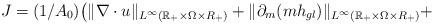
LaTeX: \begin{align*}J = (1/A_0) \big(\| \nabla \cdot u \|_{L^\infty (\mathbb{R}_+\times \Omega \times R_ + )} + \|\partial_m (mh_{gl})\|_{L^\infty(\mathbb{R}_+ \times \Omega \times R_ +)}+\end{align*}